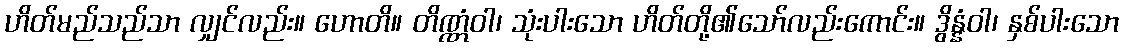
ဟိတ်မည်သည်သာ လျှင်လည်း။ ဟောတိ။ တိဏ္ဏံဝါ၊ သုံးပါးသော ဟိတ်တို့၏သော်လည်းကောင်း။ ဒွိန္နံဝါ၊ နှစ်ပါးသော